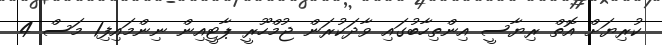
ކުރިޔަށް އޮތް ރިޔާސީ އިންތިހާބުގައި ވާދަކުރަން ޖުމްހޫރީ ޕާޓީއިން ނިންމައިފި1 މަސް 4